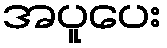
အပူပေး